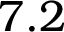
7 . 2